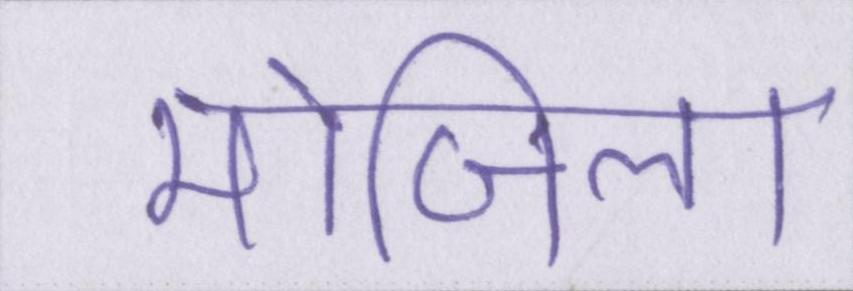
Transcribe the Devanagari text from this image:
मोजिला